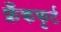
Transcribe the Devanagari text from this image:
फ्रँकफुर्ट